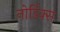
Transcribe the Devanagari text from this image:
नोर्डिक्स